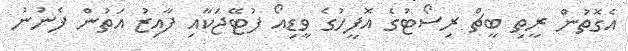
އެގޮތުން ރީތި ބީޗް ރިސޯޓުގެ އޮފީހުގެ ވީޑިއޯ ފުޓޭޖަކާއި ފާއިޒު އަތުން ފެނުނު